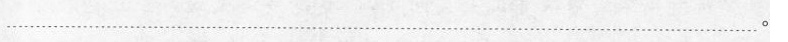
…………………………………………………。